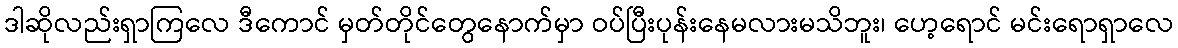
ဒါဆိုလည်းရှာကြလေ ဒီကောင် မှတ်တိုင်တွေနောက်မှာ ဝပ်ပြီးပုန်းနေမလားမသိဘူး၊ ဟေ့ရောင် မင်းရောရှာလေ